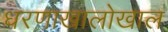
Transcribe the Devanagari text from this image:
धरणाखालोखाल